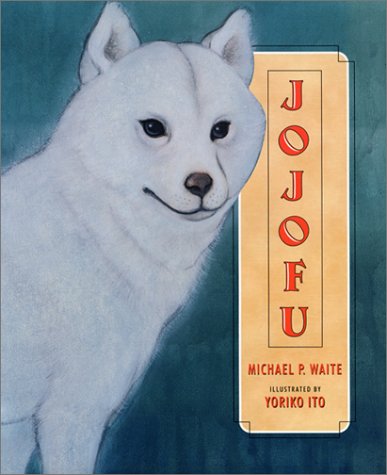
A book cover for Jojofu; Michael Waite; Children's Books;